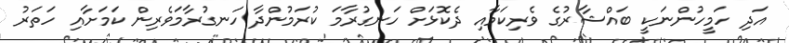
އަދި ހަމީހުންނަކީ ބައްޝާރުގެ ވެރިކަމާއި ދެކޮޅަށް ހަނގުރާމަ ކުރަމުންދާ ހަނގުރާމަވެރިން ކަމަށާއި ހަތަރު